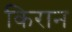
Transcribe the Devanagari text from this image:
किरान